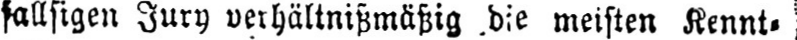
fallsigen Jury verhältnißmäßig die meisten Kennt⸗